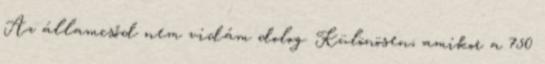
Az államcsőd nem vidám dolog. Különösen, amikor a 750